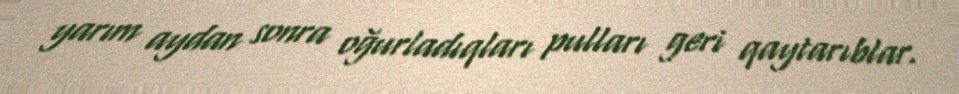
yarım aydan sonra oğurladıqları pulları geri qaytarıblar.